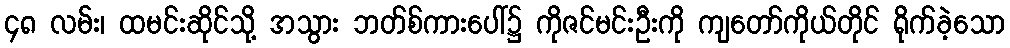
၄၈ လမ်း၊ ထမင်းဆိုင်သို့ အသွား ဘတ်စ်ကားပေါ်၌ ကိုဇင်မင်းဦးကို ကျတော်ကိုယ်တိုင် ရိုက်ခဲ့သော